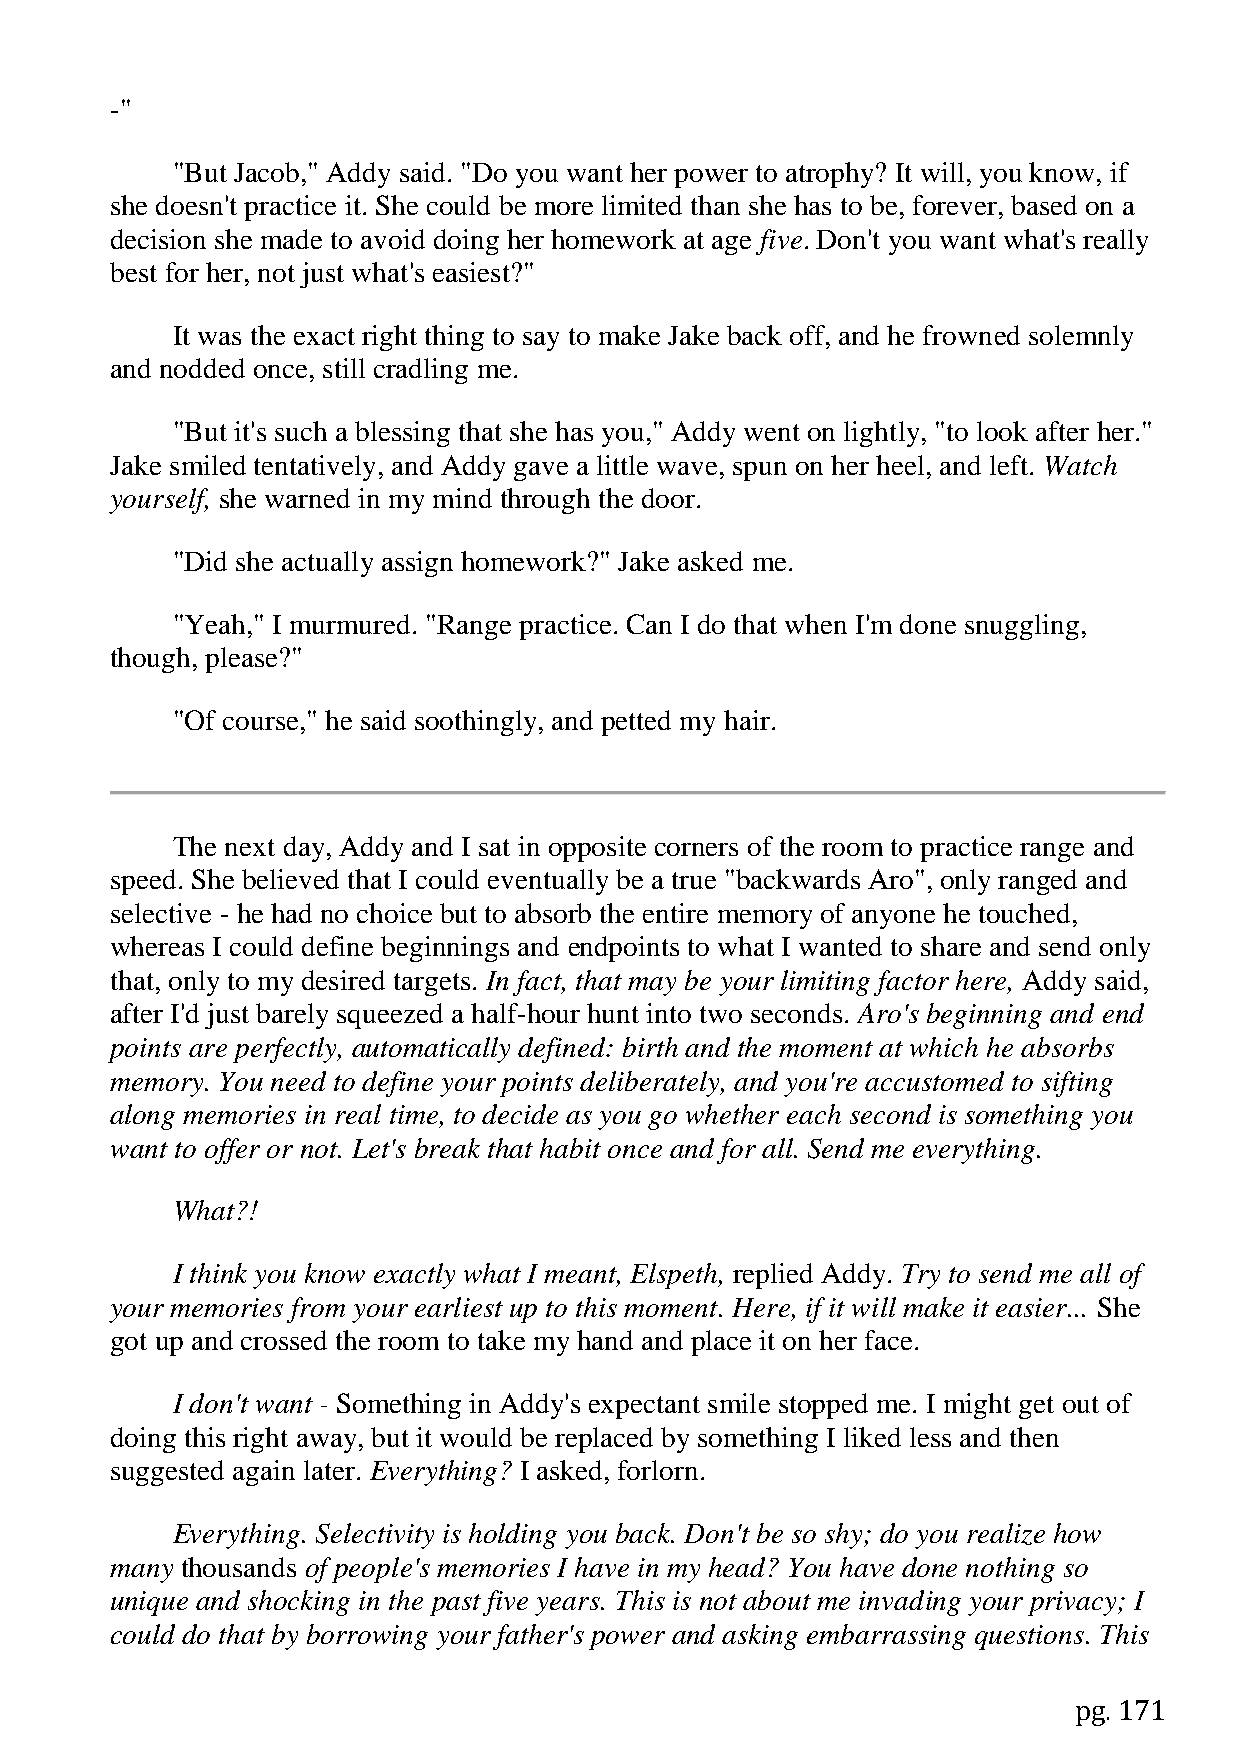
-"
 "But Jacob," Addy said. "Do you want her power to atrophy? It will, you know, if
 she doesn't practice it. She could be more limited than she has to be, forever, based on a
 decision she made to avoid doing her homework at age five. Don't you want what's really
 best for her, not just what's easiest?"
 It was the exact right thing to say to make Jake back off, and he frowned solemnly
 and nodded once, still cradling me.
 "But it's such a blessing that she has you," Addy went on lightly, "to look after her."
 Jake smiled tentatively, and Addy gave a little wave, spun on her heel, and left. Watch
 yourself, she warned in my mind through the door.
 "Did she actually assign homework?" Jake asked me.
 "Yeah," I murmured. "Range practice. Can I do that when I'm done snuggling,
 though, please?"
 "Of course," he said soothingly, and petted my hair.
 The next day, Addy and I sat in opposite corners of the room to practice range and
 speed. She believed that I could eventually be a true "backwards Aro", only ranged and
 selective - he had no choice but to absorb the entire memory of anyone he touched,
 whereas I could define beginnings and endpoints to what I wanted to share and send only
 that, only to my desired targets. In fact, that may be your limiting factor here, Addy said,
 after I'd just barely squeezed a half-hour hunt into two seconds. Aro's beginning and end
 points are perfectly, automatically defined: birth and the moment at which he absorbs
 memory. You need to define your points deliberately, and you're accustomed to sifting
 along memories in real time, to decide as you go whether each second is something you
 want to offer or not. Let's break that habit once and for all. Send me everything.
 What?!
 I think you know exactly what I meant, Elspeth, replied Addy. Try to send me all of
 your memories from your earliest up to this moment. Here, if it will make it easier... She
 got up and crossed the room to take my hand and place it on her face.
 I don't want - Something in Addy's expectant smile stopped me. I might get out of
 doing this right away, but it would be replaced by something I liked less and then
 suggested again later. Everything? I asked, forlorn.
 Everything. Selectivity is holding you back. Don't be so shy; do you realize how
 many thousands of people's memories I have in my head? You have done nothing so
 unique and shocking in the past five years. This is not about me invading your privacy; I
 could do that by borrowing your father's power and asking embarrassing questions. This
 pg. 171